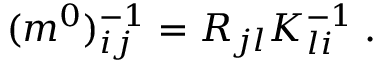
( m ^ { 0 } ) _ { i j } ^ { - 1 } = R _ { j l } K _ { l i } ^ { - 1 } \; .